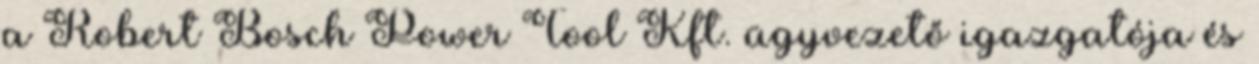
a Robert Bosch Power Tool Kft. ügyvezető igazgatója és